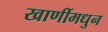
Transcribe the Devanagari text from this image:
खाणींमधुन